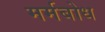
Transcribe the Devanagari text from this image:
मर्मबोध